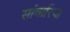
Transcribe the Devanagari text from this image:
सांवारिया